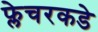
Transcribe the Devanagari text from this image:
फ्लेचरकडे